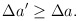
\begin{align*}\Delta a^{\prime }\geq \Delta a. \end{align*}